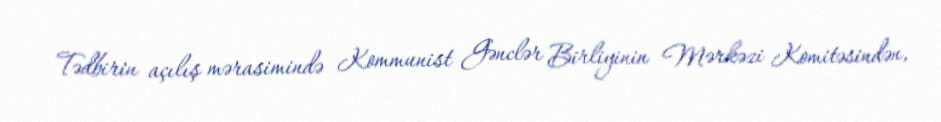
Tədbirin açılış mərasimində Kommunist Gənclər Birliyinin Mərkəzi Komitəsindən,